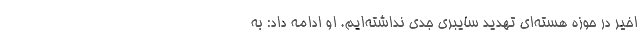
اخیر در حوزه هسته‌ای تهدید سایبری جدی نداشته‌ایم. او ادامه داد: به